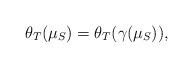
LaTeX: \begin{align*}\theta_T(\mu_S)=\theta_T(\gamma(\mu_S)),\end{align*}